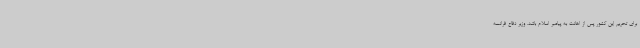
برای تحریم این کشور پس از اهانت به پیامبر اسلام باشد. وزیر دفاع فرانسه